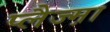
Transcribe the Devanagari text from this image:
प्लैज्म़ा